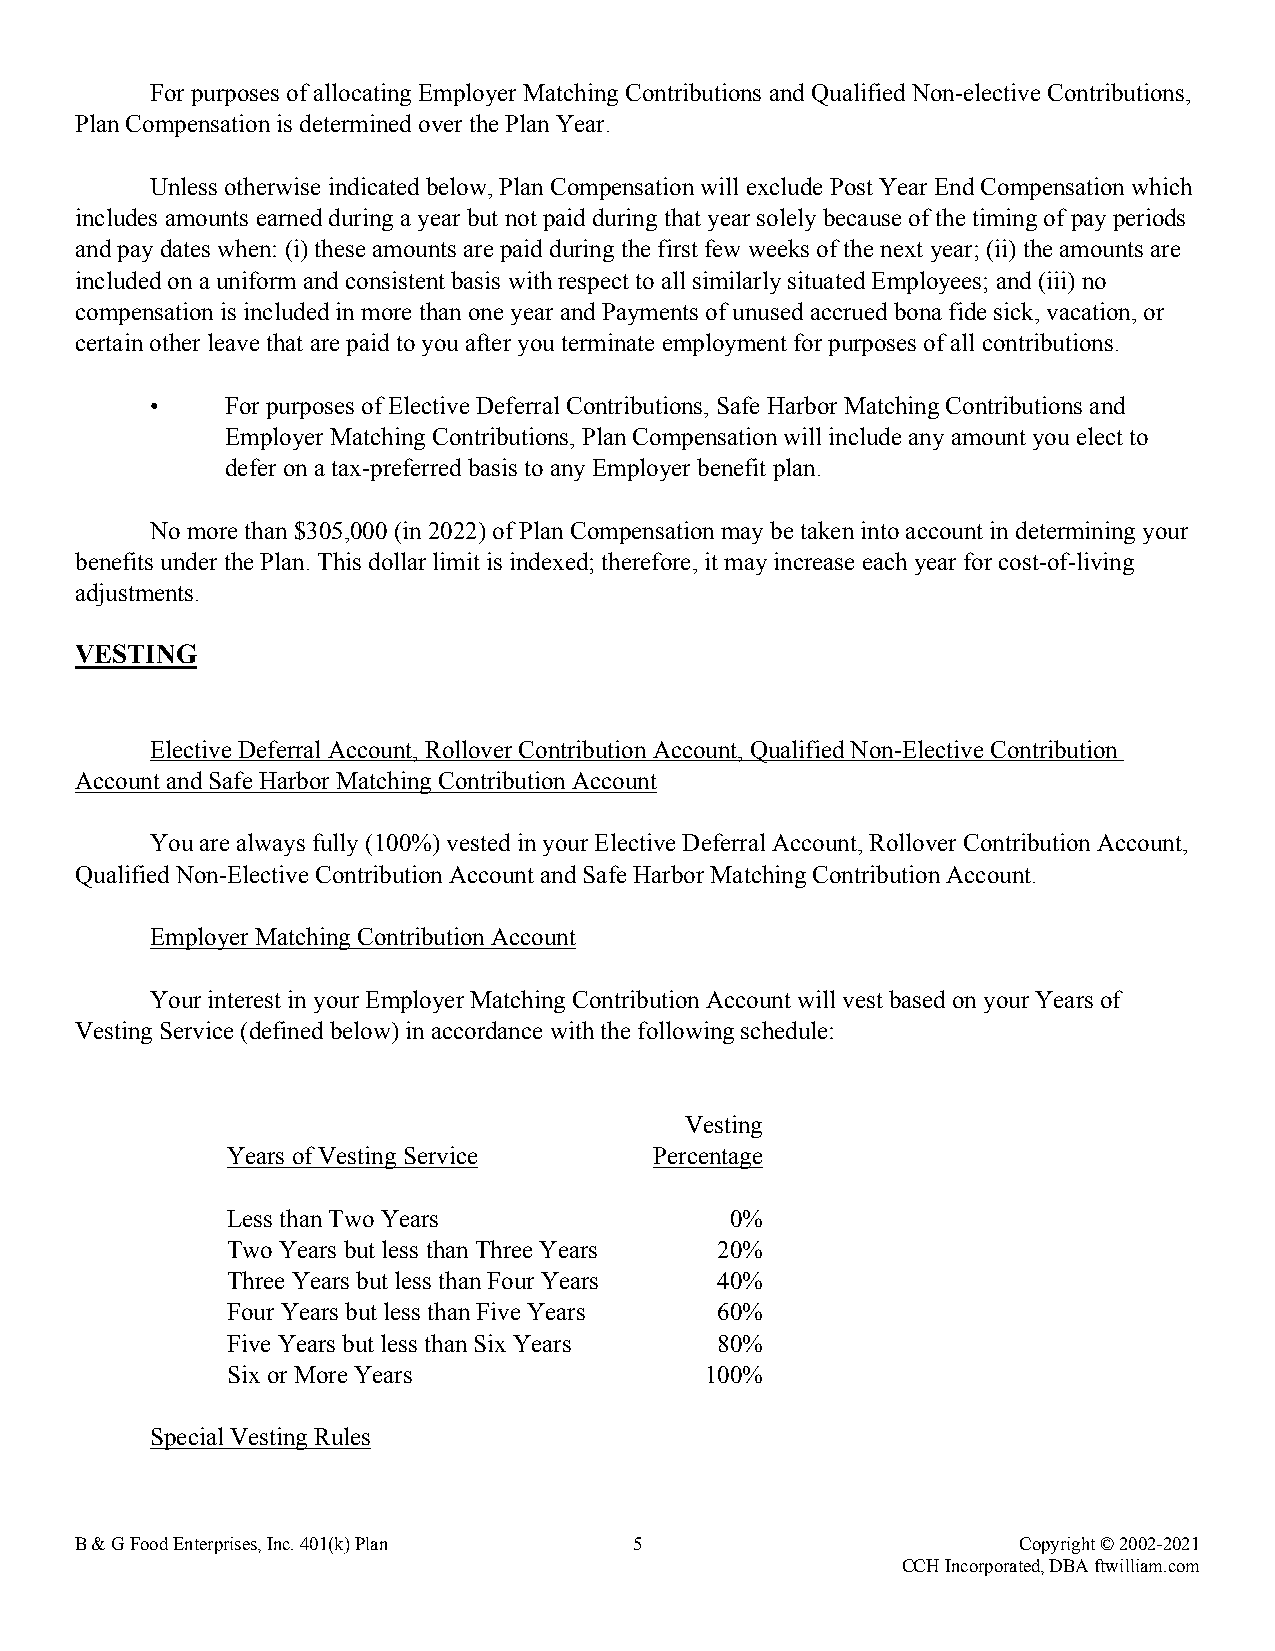
For purposes of allocating Employer Matching Contributions and Qualified Non-elective Contributions,
 Plan Compensation is determined over the Plan Year.
 Unless otherwise indicated below, Plan Compensation will exclude Post Year End Compensation which
 includes amounts earned during a year but not paid during that year solely because of the timing of pay periods
 and pay dates when: (i) these amounts are paid during the first few weeks of the next year; (ii) the amounts are
 included on a uniform and consistent basis with respect to all similarly situated Employees; and (iii) no
 compensation is included in more than one year and Payments of unused accrued bona fide sick, vacation, or
 certain other leave that are paid to you after you terminate employment for purposes of all contributions.
 •    For purposes of Elective Deferral Contributions, Safe Harbor Matching Contributions and
 Employer Matching Contributions, Plan Compensation will include any amount you elect to
 defer on a tax-preferred basis to any Employer benefit plan.
 No more than $305,000 (in 2022) of Plan Compensation may be taken into account in determining your
 benefits under the Plan. This dollar limit is indexed; therefore, it may increase each year for cost-of-living
 adjustments.
 VESTING
 Elective Deferral Account, Rollover Contribution Account, Qualified Non-Elective Contribution
 Account and Safe Harbor Matching Contribution Account
 You are always fully (100%) vested in your Elective Deferral Account, Rollover Contribution Account,
 Qualified Non-Elective Contribution Account and Safe Harbor Matching Contribution Account.
 Employer Matching Contribution Account
 Your interest in your Employer Matching Contribution Account will vest based on your Years of
 Vesting Service (defined below) in accordance with the following schedule:
 Vesting
 Years of Vesting Service    Percentage
 Less than Two Years              0%
 Two Years but less than Three Years 20%
 Three Years but less than Four Years 40%
 Four Years but less than Five Years 60%
 Five Years but less than Six Years 80%
 Six or More Years               100%
 Special Vesting Rules
 B & G Food Enterprises, Inc. 401(k) Plan 5                    Copyright © 2002-2021
 CCH Incorporated, DBA ftwilliam.com